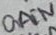
Text: GAIN